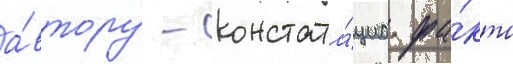
а́втору - констата́циа фа́кта